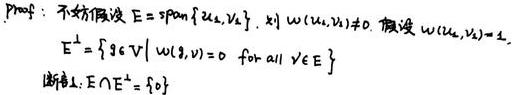
Proof: 不妨假设 $E = \mathrm{span}\{u_1, u_2, v_1, \cdots\}$ 且 $w(u_1, v_1)\neq 0$. 假设 $w(u_1, u_2)=1$.
$$
E^{\perp}=\{g\in V\mid w(g, v)=0 \text{ for all } v\in E\}
$$
断言1: $E\cap E^{\perp}=\{0\}$